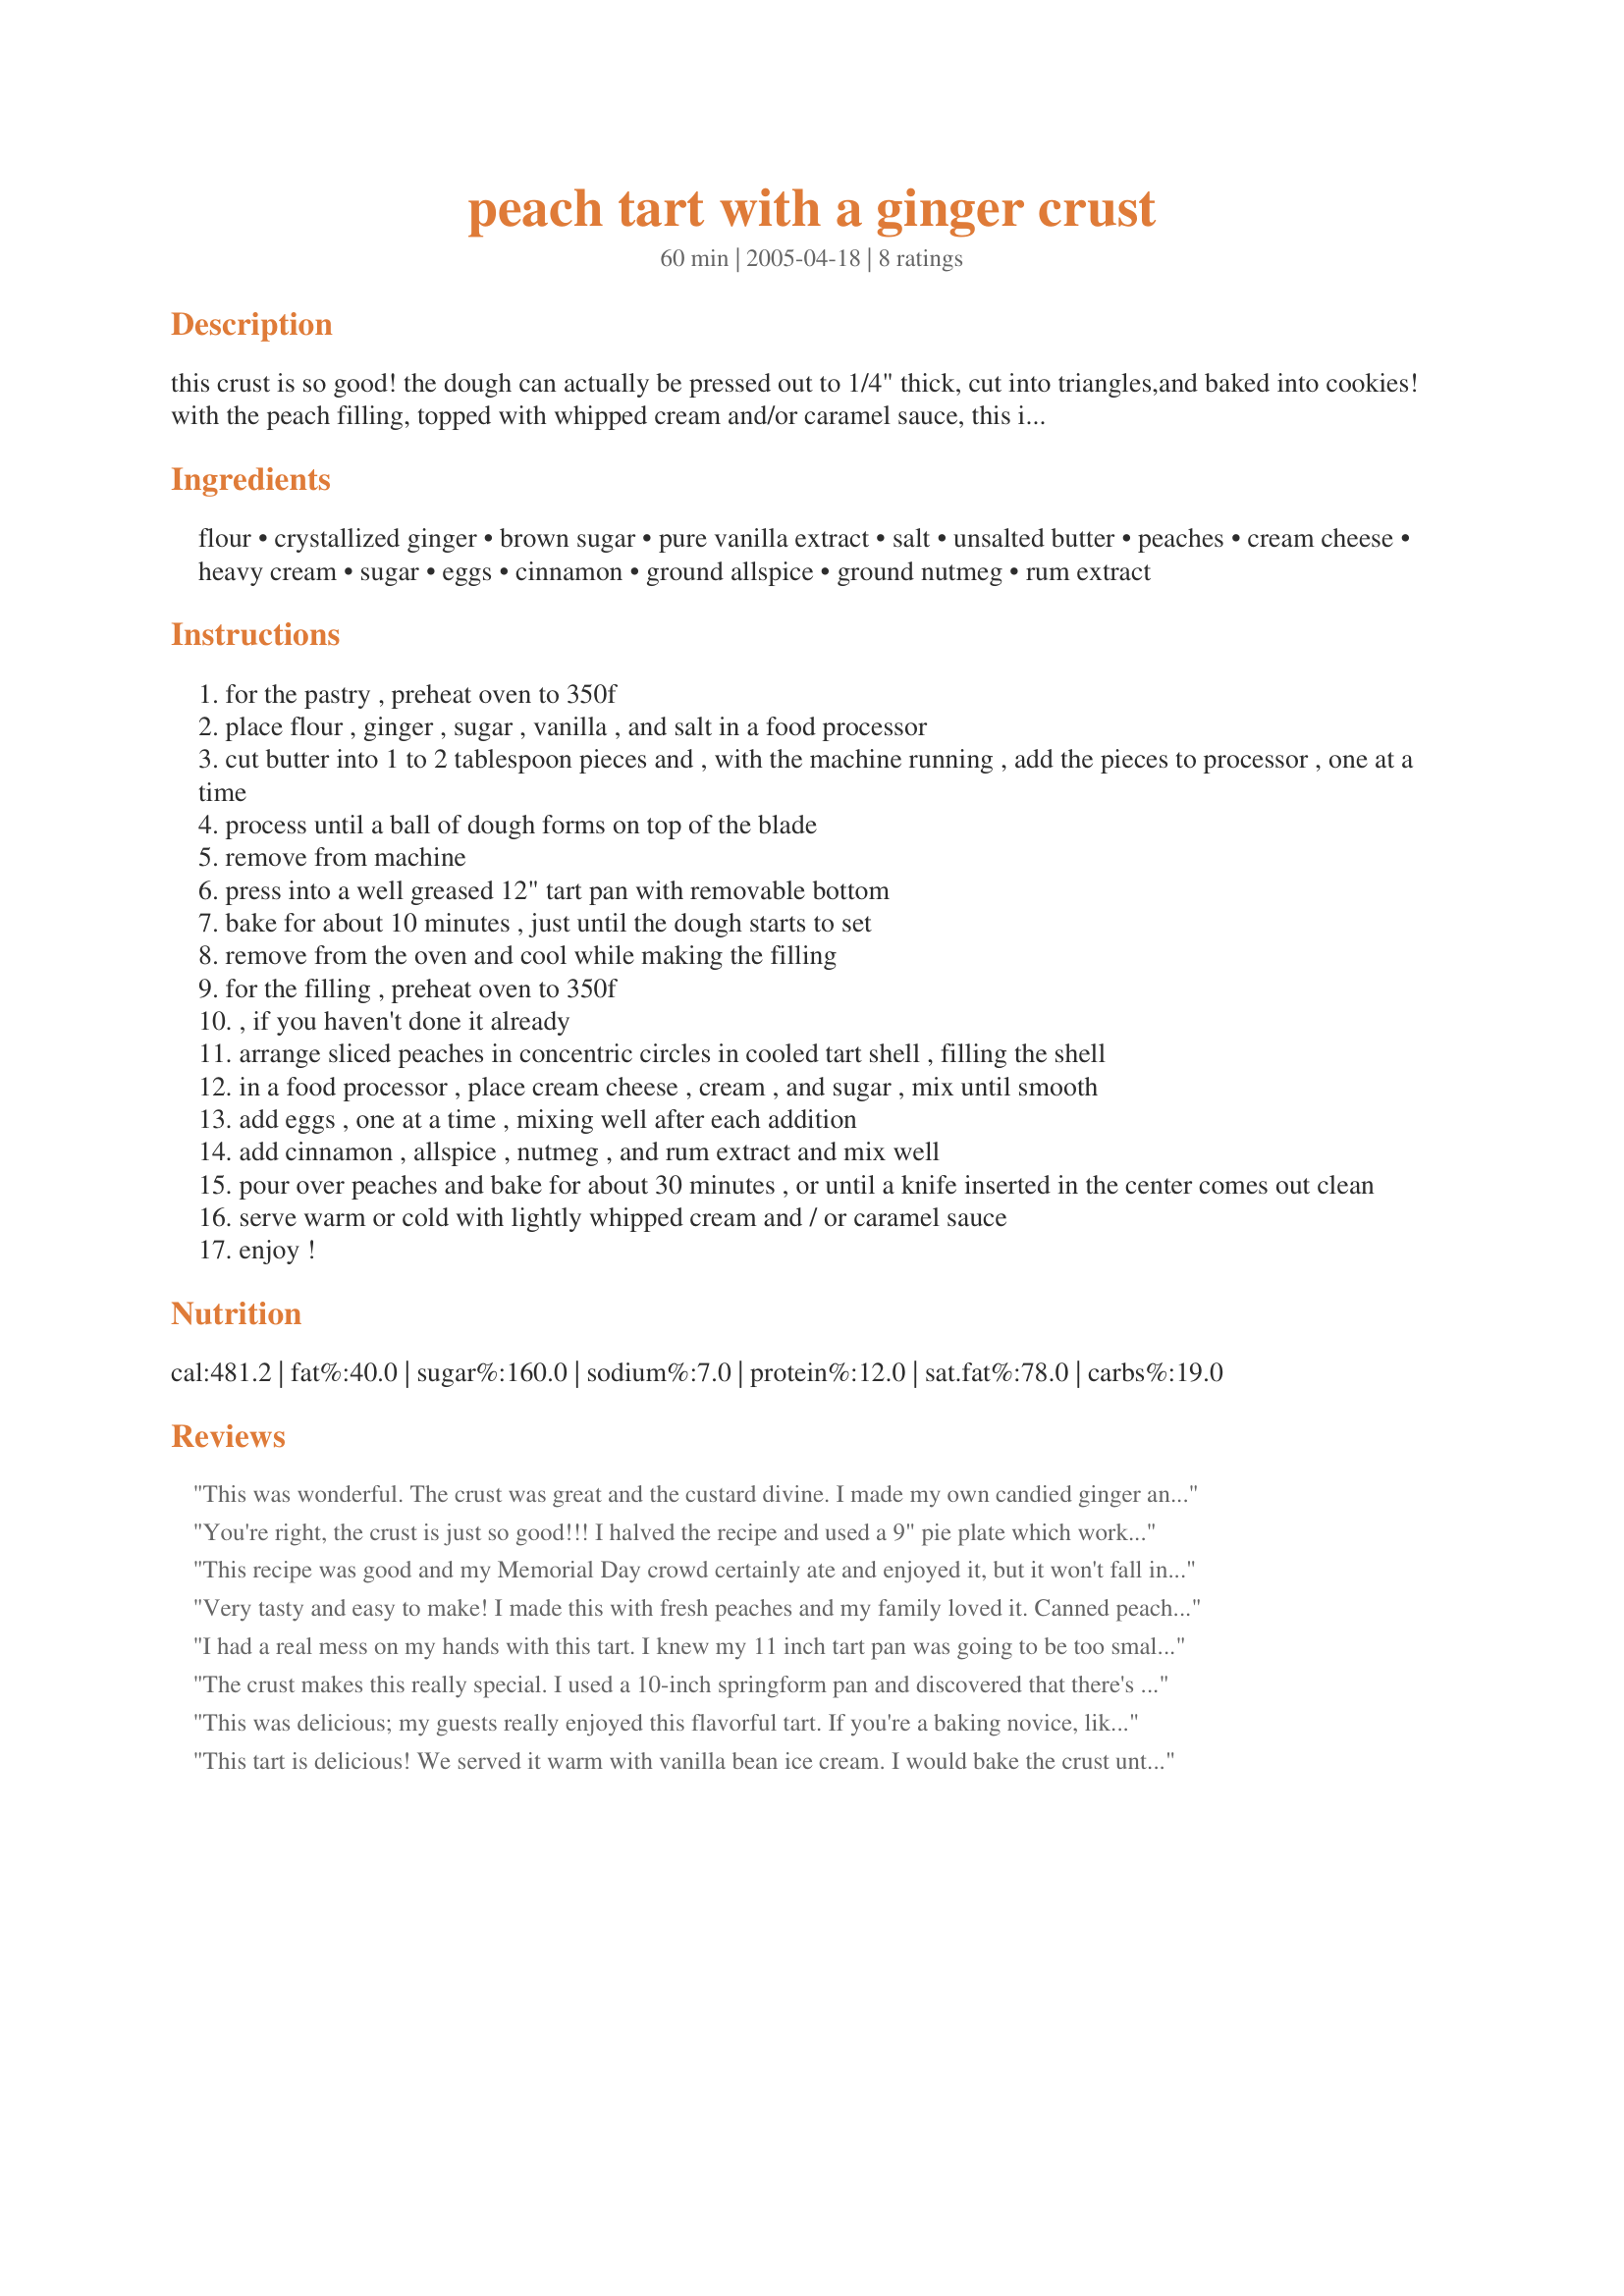
peach tart with a ginger crust
Preparation time: 60 minutes

this crust is so good! the dough can actually be pressed out to 1/4" thick, cut into triangles,and baked into cookies! with the peach filling, topped with whipped cream and/or caramel sauce, this is a keeper! from chef caprial pence, who has her own cooking show on pbs.

Ingredients:
flour, crystallized ginger, brown sugar, pure vanilla extract, salt, unsalted butter, peaches, cream cheese, heavy cream, sugar, eggs, cinnamon, ground allspice, ground nutmeg, rum extract

Steps:
for the pastry , preheat oven to 350f
place flour , ginger , sugar , vanilla , and salt in a food processor
cut butter into 1 to 2 tablespoon pieces and , with the machine running , add the pieces to processor , one at a time
process until a ball of dough forms on top of the blade
remove from machine
press into a well greased 12" tart pan with removable bottom
bake for about 10 minutes , just until the dough starts to set
remove from the oven and cool while making the filling
for the filling , preheat oven to 350f
, if you haven't done it already
arrange sliced peaches in concentric circles in cooled tart shell , filling the shell
in a food processor , place cream cheese , cream , and sugar , mix until smooth
add eggs , one at a time , mixing well after each addition
add cinnamon , allspice , nutmeg , and rum extract and mix well
pour over peaches and bake for about 30 minutes , or until a knife inserted in the center comes out clean
serve warm or cold with lightly whipped cream and / or caramel sauce
enjoy !

Reviews:
This was wonderful. The crust was great and the custard divine. I made my own candied ginger and used the leftover syrup to sweeten some whipped cream for on top, heavenly!!!
You're right, the crust is just so good!!! I halved the recipe and used a 9" pie plate which worked out well. I did use the 2 tablespoons of ginger though. I also used canned peaches though I'm sure fresh peaches would be better. I'm trying to figure out how to hide the rest of the pie for myself. LOL. Thanks so much for this recipe!
This recipe was good and my Memorial Day crowd certainly ate and enjoyed it, but it won't fall into my "I'll make this very often" category. There was too much filling (which I baked with some blueberries in custard dishes) and the amount and blend of spices in the filling just didn't seem quite right. The crust had a good flavor, but there must be too much butter in it as it leaked out of the bottom of my tart pan in the stove, on the counter, and in the fridge. It might help to chill the tart crust before baking. 
There is another tart recipe on this site (Joan's Pear Tart) that I've made many times with pears, peaches, cherries and blueberries and it's my 5-star favorite tart recipe! Thanks for this recipe, though - as I said before - my guests were very happy with it.
Very tasty and easy to make! I made this with fresh peaches and my family loved it. Canned peaches working just as well, since it's all cooked in custard. I used a store-bought shortbread crust, but next time I will definitely make the ginger crust. I could see this working well with pears, berries, and other fruits, too.
I had a real mess on my hands with this tart. I knew my 11 inch tart pan was going to be too small but I didn&#039;t expect to use only 1/3 of the filling. I too had butter running all over my oven. A cup of butter must be a mistake.
The crust makes this really special. I used a 10-inch springform pan and discovered that there's too much filling, and using it all would overflow. So I just used enough to cement the peaches together. It's great! I'm taking it to Father's Day today. Made for ZWT III. Will post my daughter's photo of it eventually.
This was delicious; my guests really enjoyed this flavorful tart. If you're a baking novice, like me, and can't get your hands on a tart pan - this recipe will fill two pie tins. (I started off trying a spring form pan and realized after just a few minutes in the oven that was NOT going to work. I was able to salvage my crust by scooping it out and using the pie tins! It still looked beautiful and tasted DELICIOUS!) BTW, the peaches I used weren't quite ripe, so if that happens again I will use canned peaches...the texture after it bakes will be better that way.
This tart is delicious! We served it warm with vanilla bean ice cream. I would bake the crust until it is a little firmer next time (I had a turkey roasting at the same time so that may have thrown off the results.) The peaches were so ripe and the ginger paired with it so well. We will be making this every Fall!
